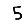
Digit: 5